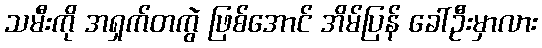
သမီးကို အရှက်တကွဲ ဖြစ်အောင် အိမ်ပြန် ခေါ်ဦးမှာလား